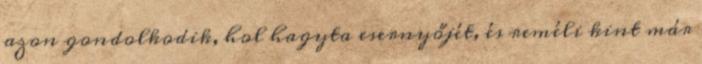
azon gondolkodik, hol hagyta esernyőjét, és reméli kint már